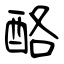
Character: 酪